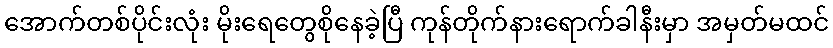
အောက်တစ်ပိုင်းလုံး မိုးရေတွေစိုနေခဲ့ပြီ ကုန်တိုက်နားရောက်ခါနီးမှာ အမှတ်မထင်